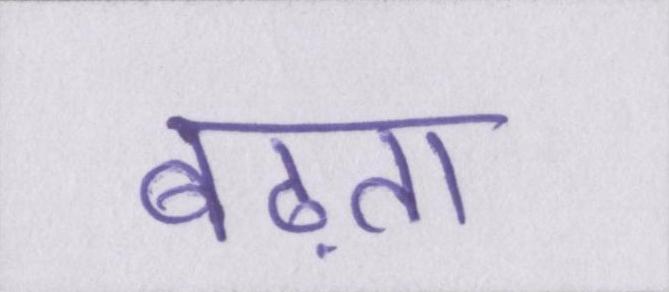
बढ़ता